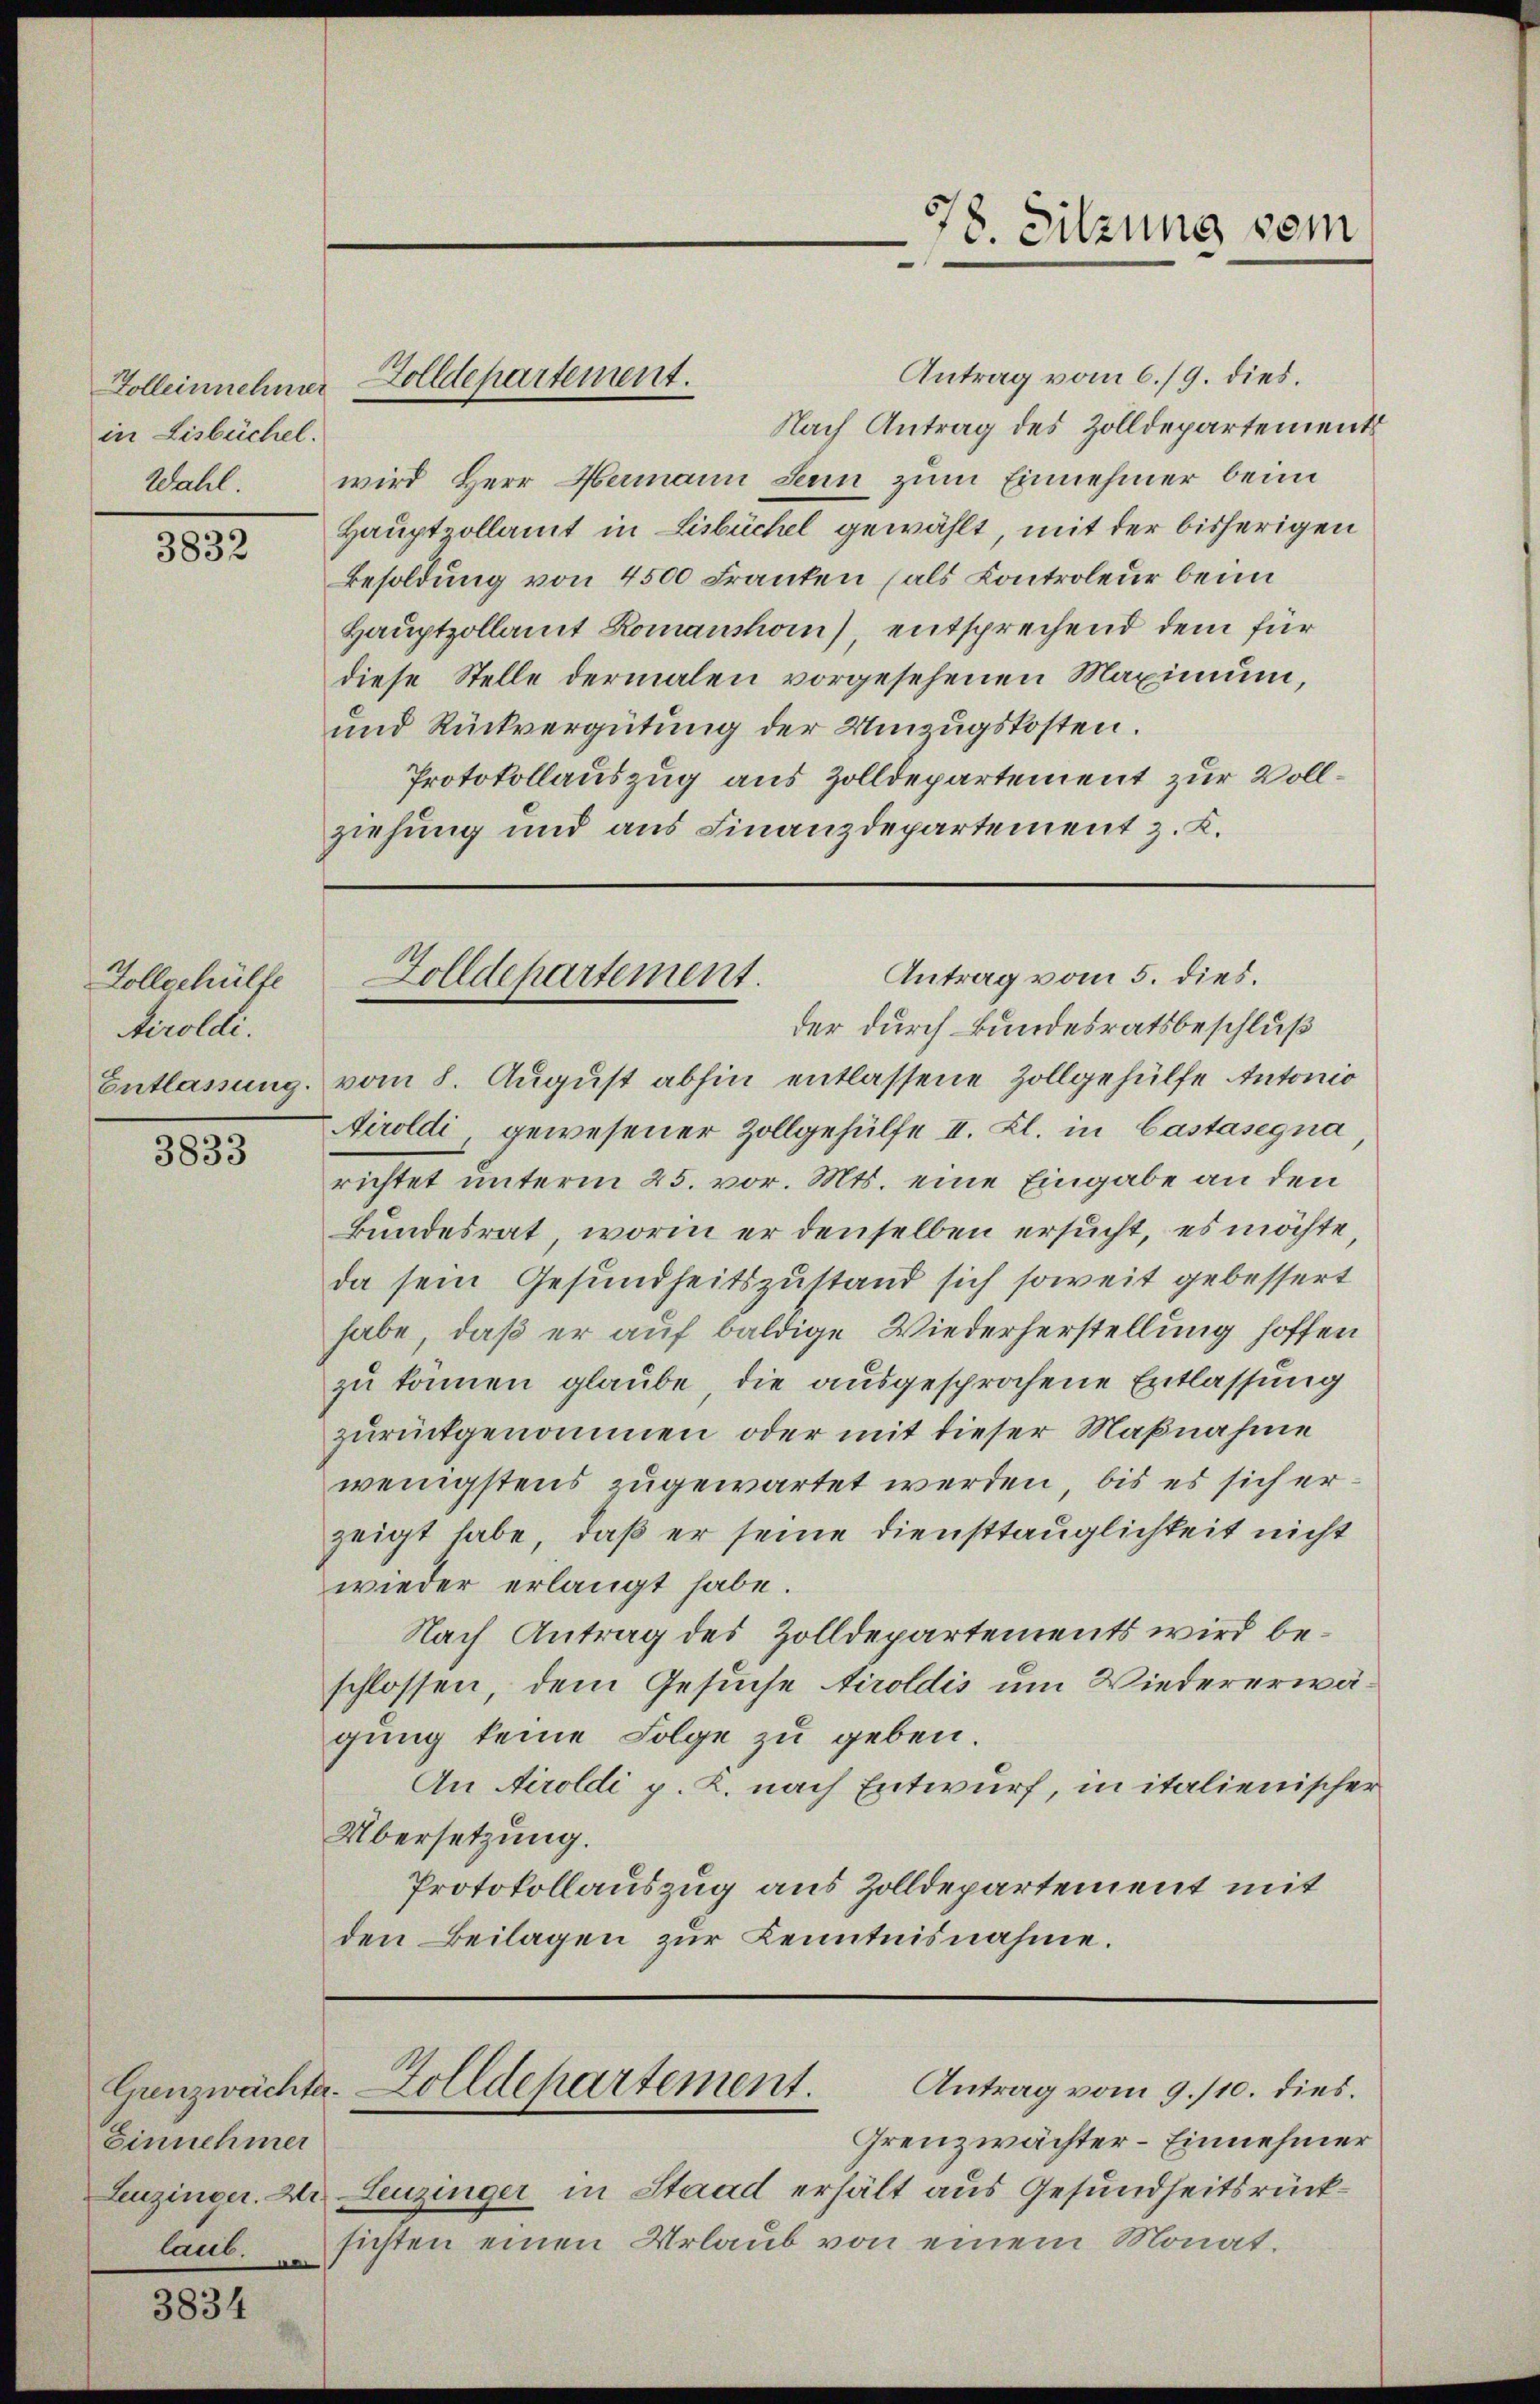
in Lisbüchel.
Wall.

3832

Vollgehülfe
Airoldi.

3833

Einnehmer
Leuzinger. Dr.
laub.

3834

Antrag vom 6./9. dies.
Nach Antrag des Zolldepartements
wird Herr Hermann Senn zum Einnehmer beim
Hauptzollamt in Lisbüchel gewählt, mit der bisherigen
Besoldung von 4500 Franken (als Controleur beim
Hauptzollamt Romanshoi), entsprechend dem für
diese Stelle dermalen vorgesehenen Maximum,
und Rückvergütung der Umzugskosten.
Protokollauszug aus Zolldepartement zur Vollziehung und aus Finanzdepartement z. K.

Tolleinnehmer Zolldepartement.

Entlassung vom 8. August abhin entlassene Zollgehülfe Antonio
Airoldi, gewesener Zollgehülfe II. Kl. in Castasegna
richtet unterm 25. vor. Mts. eine Eingabe an den
Bundesrat, worin er denselben ersucht, es möchte,
da sein Gesundheitszustand sich soweit gebessert
habe, daß er auf baldige Wiederherstellung hoffen
zu können glaube, die ausgesprochene Entlassung
zurückgenommen oder mit dieser Maßnahme
wenigstens zugewartet werden, bis es sich erzeigt habe, daß er seine Diensttauglichkeit nicht
wieder erlangt habe.
Nach Antrag des Zolldepartements wird beschlossen, dem Gesuche Tiroldis um Wiedererwägung keine Folge zu geben.
An Airoldi p. 2. nach Entwurf, in italienischer
Übersetzung.
Protokollauszug aus Zolldepartement mit
den Beilagen zur Kenntnisnahme.

78. Sitzung vom

Antrag vom 5. dies.
Zolldepartement.
der durch Bundesratsbeschluß

Grenzwächter-Einnehmer
Leuzinger in Staad erhält aus Gesundheitsrücksichten einen Urlaub von einem Monat.

Caenzwächte. Zolldepartement.
Antrag vom 9./10. dies